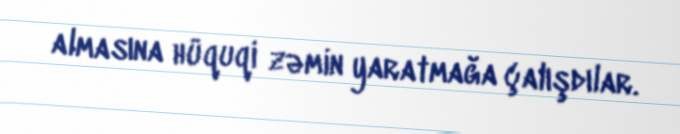
almasına hüquqi zəmin yaratmağa çalışdılar.